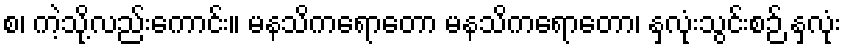
စ၊ ကဲ့သို့လည်းကောင်း။ မနသိကရောတော မနသိကရောတော၊ နှလုံးသွင်းစဉ် နှလုံး